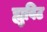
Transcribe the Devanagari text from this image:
ह्युविट